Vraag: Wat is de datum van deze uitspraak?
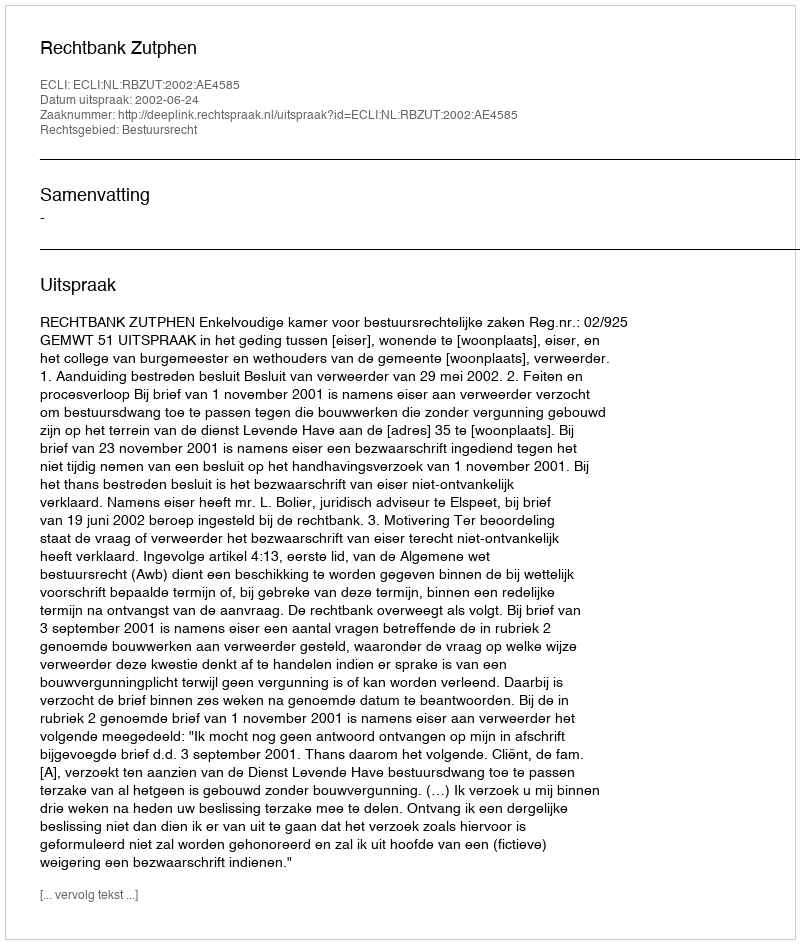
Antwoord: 2002-06-24